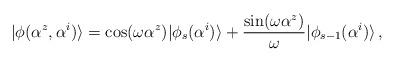
LaTeX: \begin{align*}|\phi(\alpha^z,\alpha^i)\rangle=\cos (\omega \alpha^z)|\phi_s(\alpha^i)\rangle+\frac{\sin (\omega \alpha^z)}{\omega}|\phi_{s-1}(\alpha^i)\rangle\,,\end{align*}